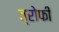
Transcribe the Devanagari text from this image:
त्रोफी